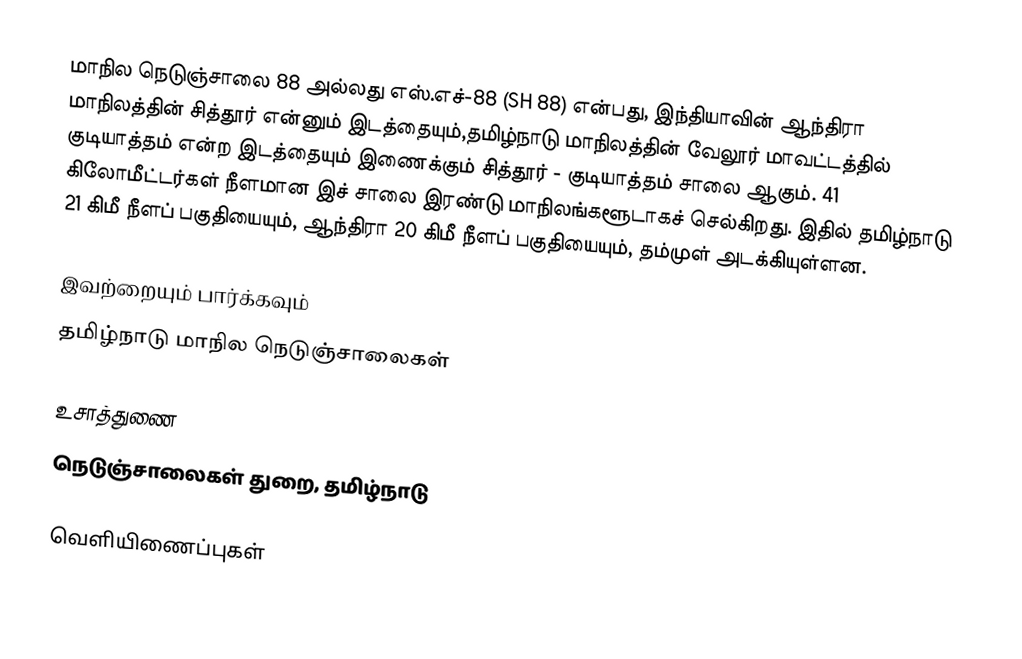
மாநில நெடுஞ்சாலை 88 அல்லது எஸ்.எச்-88 (SH 88) என்பது, இந்தியாவின்  ஆந்திரா மாநிலத்தின்  சித்தூர் என்னும் இடத்தையும்,தமிழ்நாடு மாநிலத்தின் வேலூர் மாவட்டத்தில் குடியாத்தம் என்ற இடத்தையும் இணைக்கும் சித்தூர் - குடியாத்தம் சாலை ஆகும்.  41 கிலோமீட்டர்கள் நீளமான இச் சாலை இரண்டு மாநிலங்களூடாகச் செல்கிறது. இதில் தமிழ்நாடு 21 கிமீ நீளப் பகுதியையும், ஆந்திரா 20 கிமீ நீளப் பகுதியையும், தம்முள் அடக்கியுள்ளன.

இவற்றையும் பார்க்கவும்
 தமிழ்நாடு மாநில நெடுஞ்சாலைகள்

உசாத்துணை
 நெடுஞ்சாலைகள் துறை, தமிழ்நாடு

வெளியிணைப்புகள்